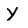
Character: Y